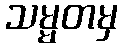
သမ္မတမှ